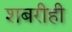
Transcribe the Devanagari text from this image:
शबरीही